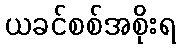
ယခင်စစ်အစိုးရ